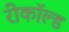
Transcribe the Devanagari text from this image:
रीकॉल्ड